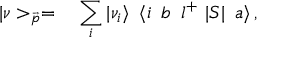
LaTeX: | \nu > _ { \vec { p } } = \, ~ ~ \sum _ { i } | \nu _ { i } \rangle \, ~ \langle i \, ~ b \, ~ l ^ { + } ~ | S | \, ~ a \rangle \, ,